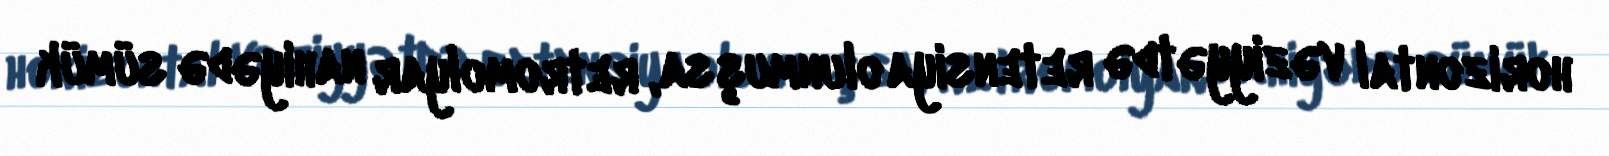
horizontal vəziyyətdə retensiya olunmuşsa, retromolyar nahiyədə sümük